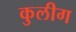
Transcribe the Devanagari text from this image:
कुलीग